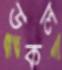
উকল